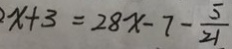
x + 3 = 2 8 x - 7 - \frac { 5 } { 2 1 }